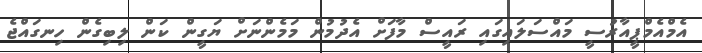
އެމްއެމްޕީއާރުސީ މައްސަލައިގައި ރައީސް މާފަށް އެދުމުން މަމެންނަށް ޔަގީން ކަން ލިބިގެން ހިނގައްޖެ